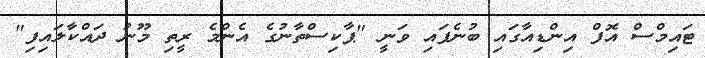
ޓައިމްސް އޮފް އިންޑިއާގައި ބުނެފައި ވަނީ "ޕާކިސްތާނުގެ އެންމެ ރީތި މޫނު ދައްކާލައިފި"